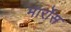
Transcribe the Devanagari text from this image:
मार्रोस